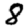
Digit: 8